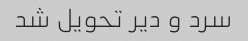
سرد و دیر تحویل شد